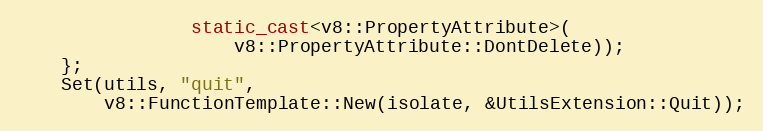
Language: C++
                static_cast<v8::PropertyAttribute>(
                    v8::PropertyAttribute::DontDelete));
    };
    Set(utils, "quit",
        v8::FunctionTemplate::New(isolate, &UtilsExtension::Quit));